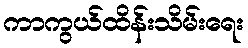
ကာကွယ်ထိန်းသိမ်းရေး